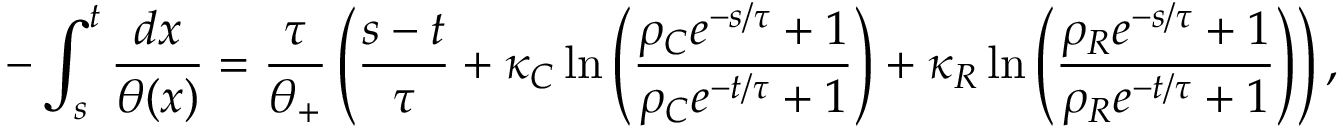
- \int _ { s } ^ { t } \frac { d x } { \theta ( x ) } = \frac { \tau } { \theta _ { + } } \left( \frac { s - t } { \tau } + \kappa _ { C } \ln \left( \frac { \rho _ { C } e ^ { - s / \tau } + 1 } { \rho _ { C } e ^ { - t / \tau } + 1 } \right) + \kappa _ { R } \ln \left( \frac { \rho _ { R } e ^ { - s / \tau } + 1 } { \rho _ { R } e ^ { - t / \tau } + 1 } \right) \right) ,